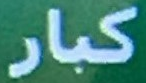
كبار